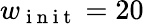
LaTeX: w_{\mathrm{~i~n~i~t~}}=20